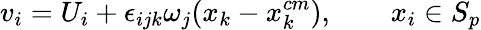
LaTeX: v_{i}=U_{i}+\epsilon_{ijk}\omega_{j}(x_{k}-x_{k}^{cm}),\qquad x_{i}\in S_{p}